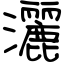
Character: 灑